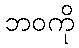
ဘဝကို